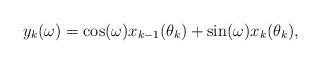
\begin{align*} y_k(\omega) = \cos (\omega) x_{k-1}(\theta_{k}) + \sin (\omega) x_{k}(\theta_k),\end{align*}